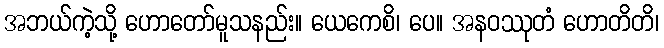
အဘယ်ကဲ့သို့ ဟောတော်မူသနည်း။ ယေကေစိ၊ ပေ။ အနဝဿုတံ ဟောတိတိ၊